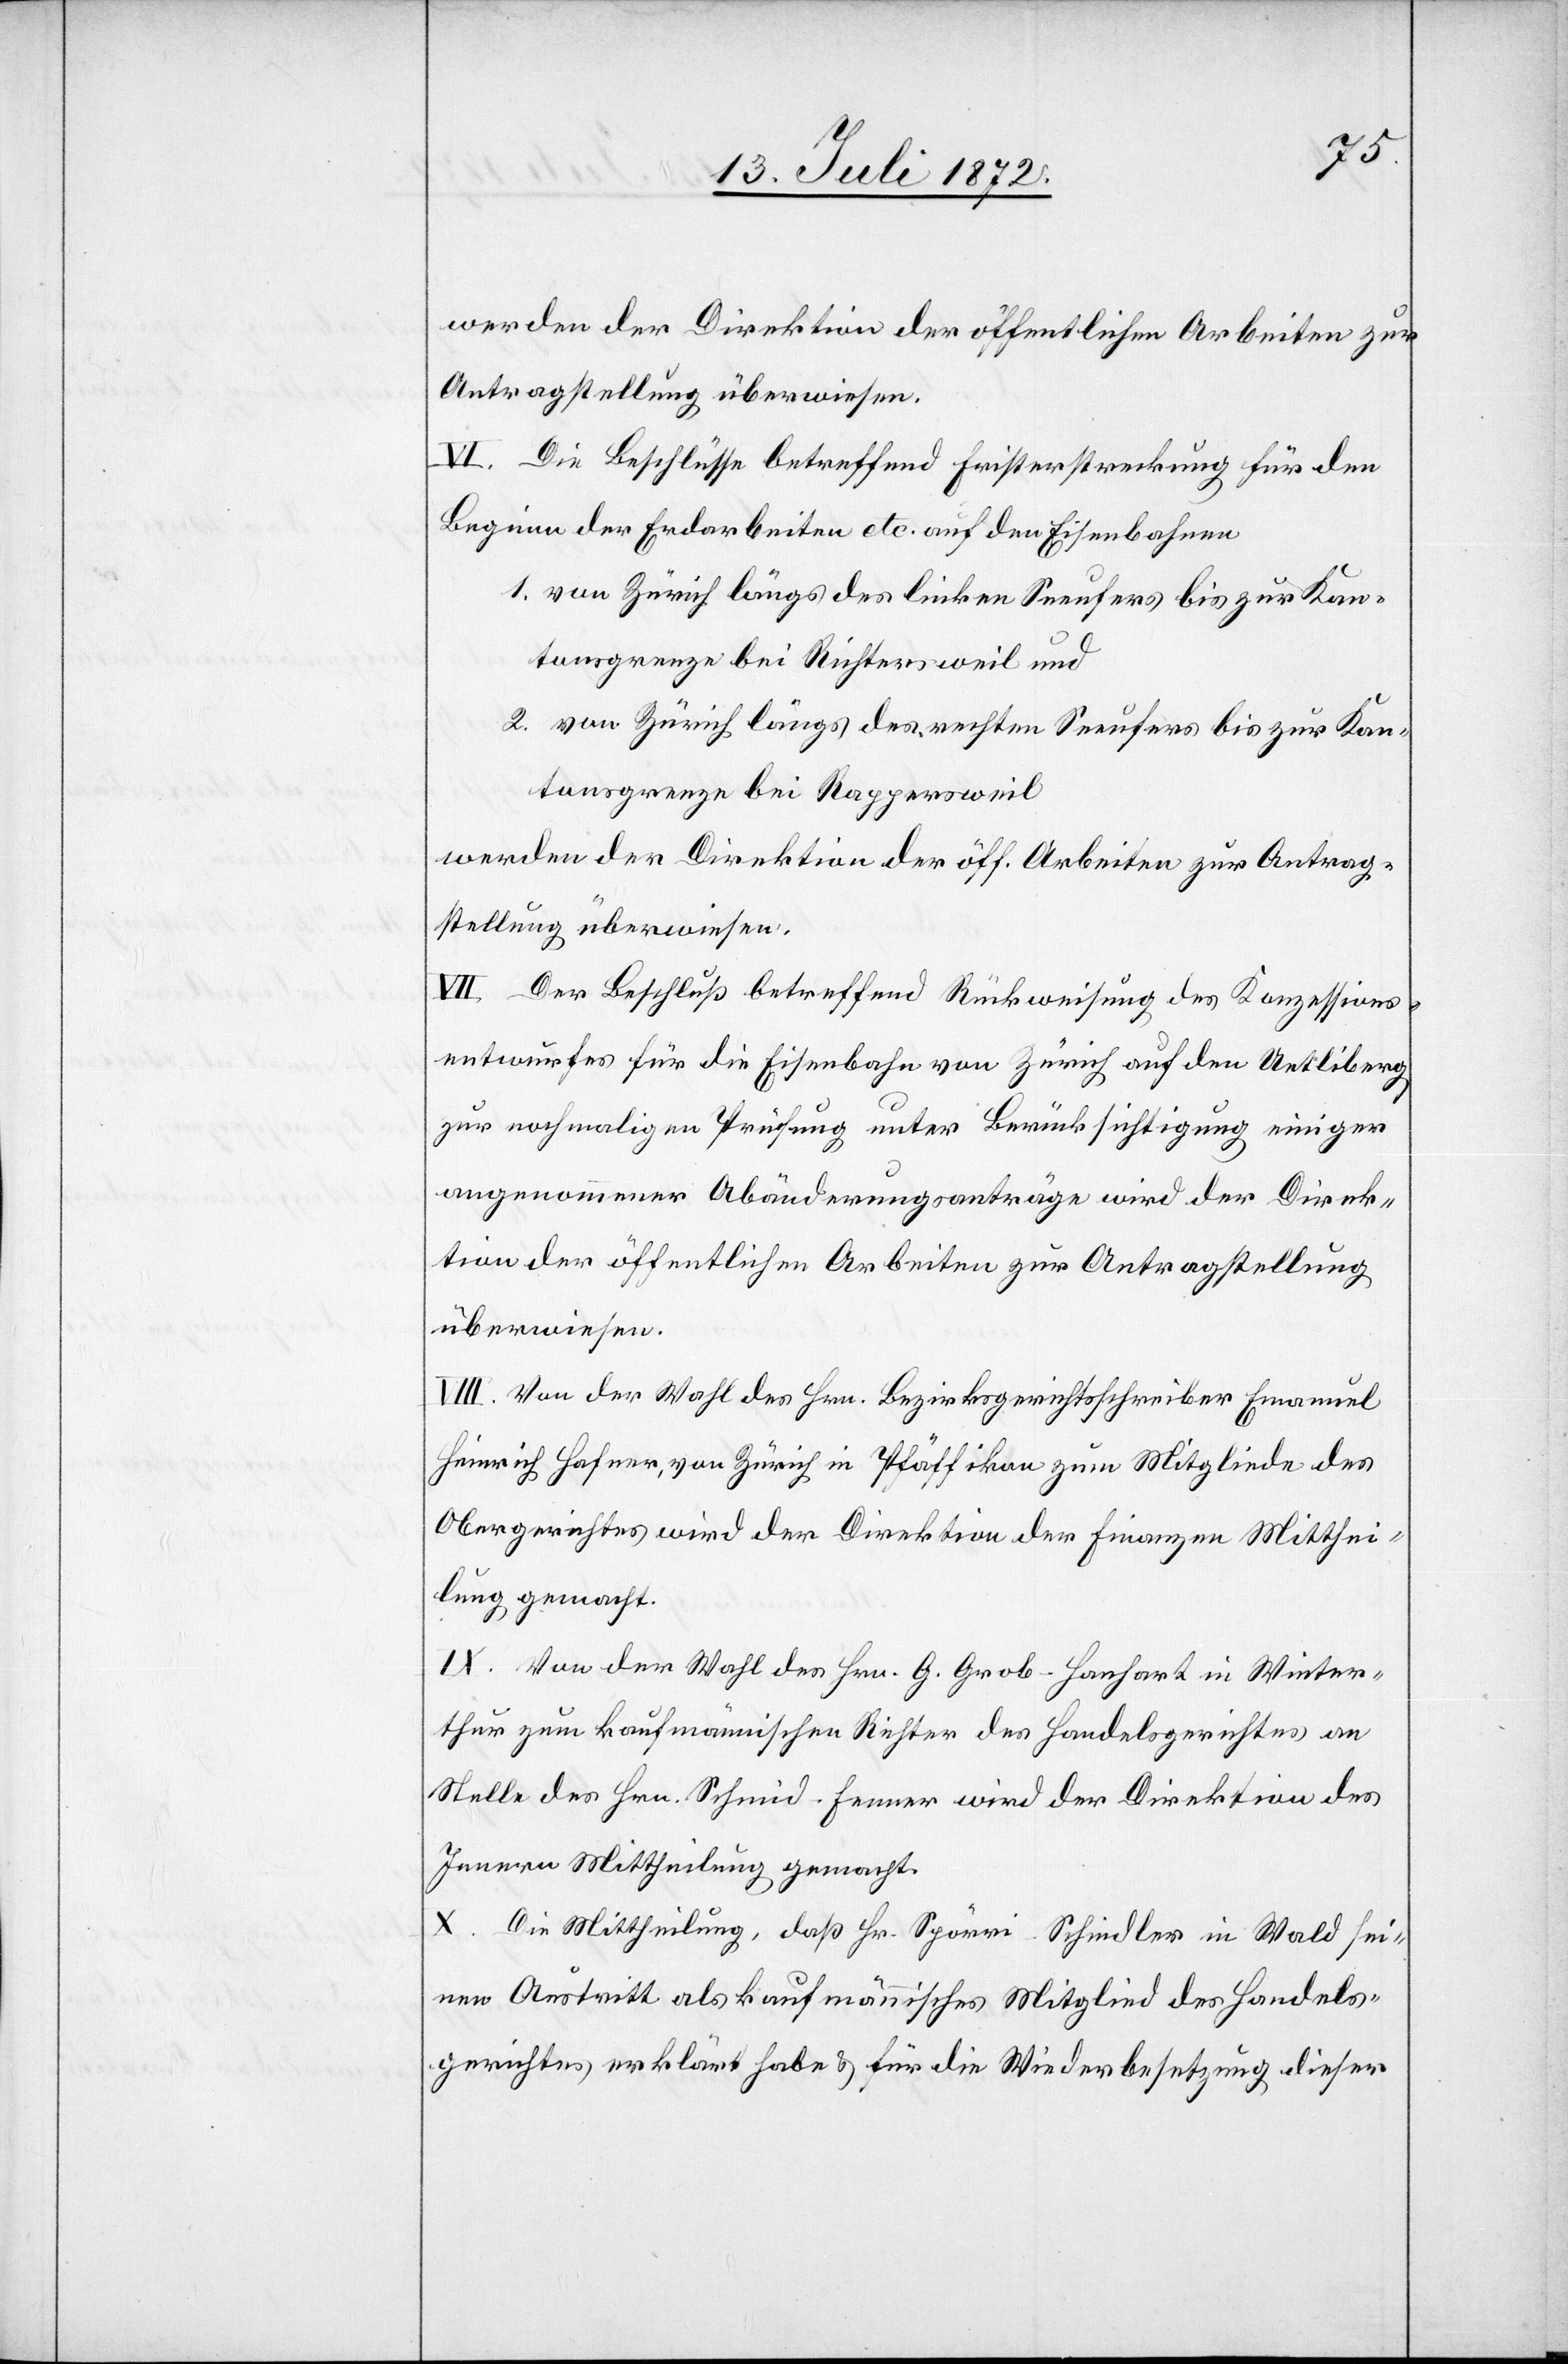
werden der Direktion der öffentlichen Arbeiten zur
Antragstellung überwiesen.
VI. Die Beschlüsse betreffend Fristerstreckung für den
Beginn der Erdarbeiten etc. auf den Eisenbahnen
1. von Zürich längs des linken Seeufers bis zur Kan¬
tonsgrenze bei Richtersweil und
2. von Zürich längs des rechten Seeufers bis zur Kan¬
tonsgrenze bei Rappersweil
werden der Direktion der öff. Arbeiten zur Antrag¬
stellung überwiesen.
VII. Der Beschluß betreffend Rückweisung des Konzessions¬
entwurfes für die Eisenbahn von Zürich auf den Uetliberg
zur nochmaligen Prüfung unter Berücksichtigung einiger
angenommener Abänderungsanträge wird der Direk¬
tion der öffentlichen Arbeiten zur Antragstellung
überwiesen.
VIII. Von der Wahl des Hrn. Bezirksgerichtsschreiber Emanuel
Heinrich Hafner, von Zürich in Pfäffikon zum Mitgliede des
Obergerichtes wird der Direktion der Finanzen Mitthei¬
lung gemacht.
IX. Von der Wahl des Hrn. G. Grob-Hanhart in Winter¬
thur zum kaufmännischen Richter des Handelsgerichtes an
Stelle des Hrn. Schmid-Fenner wird der Direktion des
Innern Mittheilung gemacht.
X. Die Mittheilung, daß Hr. Spörri-Schindler in Wald sei¬
nen Austritt als kaufmännisches Mitglied des Handels¬
gerichtes erklärt habe u. für die Wiederbesetzung dieser